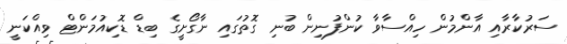
ސަރުކާރާއި އާންމުން ހިއްސާވާ ކުންފުނިން ބުނި ގޮތުގައި ނާގޯށީގެ ބިޑް ޑޮކިއުމަންޓް ވިއްކަނީ